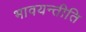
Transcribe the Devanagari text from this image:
भावयन्तीति